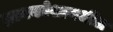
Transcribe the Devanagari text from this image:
ज्ञानकोशामधील